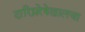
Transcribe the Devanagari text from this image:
दारिद्र्यरेषेखालचा